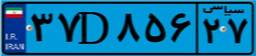
۶۲D۶۶۹۸۷